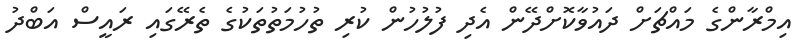
އިމްރާންގެ މައްޗަށް ދައުވާކޮށްދޭން އެދި ފުލުހުން ކުރި ތުހުމަތުތަކުގެ ތެރޭގައި ރައީސް އަބްދު